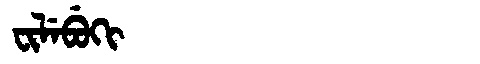
Manchu: ᠸᡳᠯᡝᠪᡠᡴᡳ
Romanization: FILEBUKI